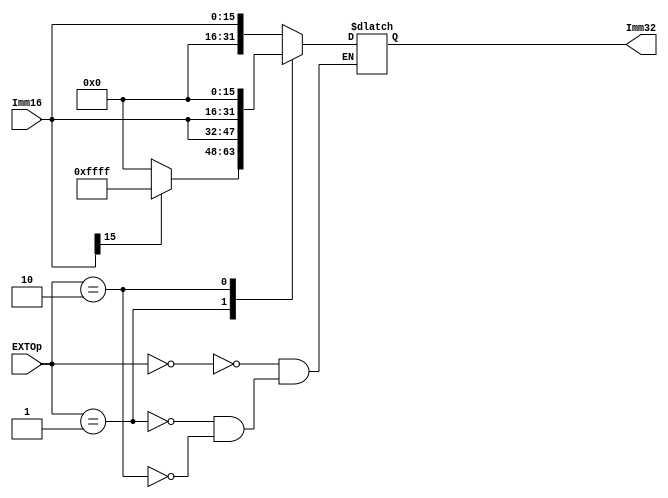

module EXT(
  input [15:0] Imm16,
  input [1:0]  EXTOp,
  output [31:0] Imm32
  );
  reg[31:0] imm;
  always@(*) begin
    case(EXTOp)
      0:imm={16'd0,Imm16};
      1:imm={Imm16[15] ? 16'hffff : 16'h0000,Imm16};
      2:imm={Imm16,16'd0};
    endcase
  end
	assign Imm32=imm;
endmodule